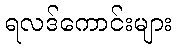
ရလဒ်ကောင်းများ